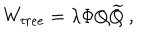
W _ { t r e e } = \lambda \Phi Q { \widetilde Q } ~ ,